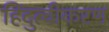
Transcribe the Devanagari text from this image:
हिंदुत्वीकरण